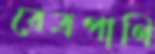
বেত্রপাণি